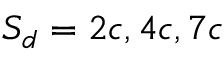
S _ { d } = 2 c , 4 c , 7 c